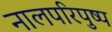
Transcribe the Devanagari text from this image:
नालपरिपुष्प